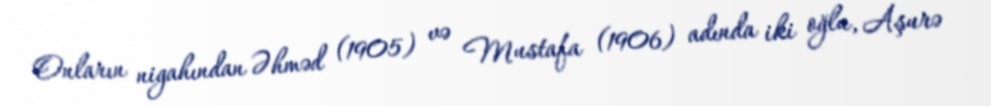
Onların nigahından Əhməd (1905) və Mustafa (1906) adında iki oğlu, Aşurə